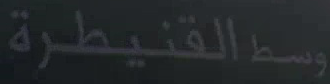
وسطالقنيطرة